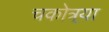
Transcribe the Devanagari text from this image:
चकोत्र्या